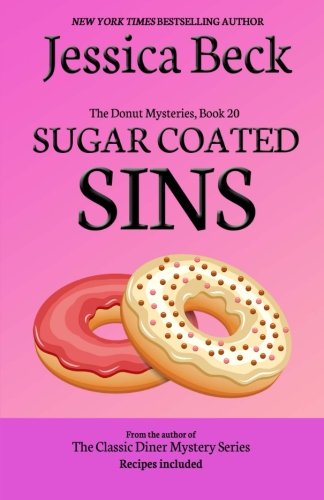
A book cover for Sugar Coated Sins (The Donut Mysteries) (Volume 20); Jessica Beck; Mystery, Thriller & Suspense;